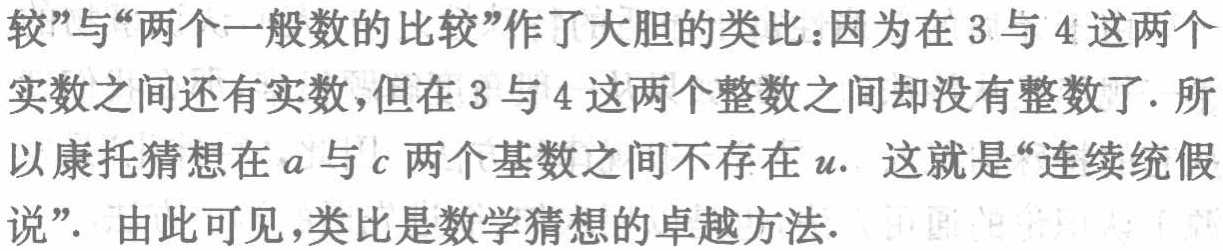
较”与“两个一般数的比较”作了大胆的类比：因为在 3 与 4 这两个
实数之间还有实数,但在 3 与 4 这两个整数之间却没有整数了. 所
以康托猜想在\(a\)与\(c\)两个基数之间不存在\(u\). 这就是“连续统假
说”. 由此可见,类比是数学猜想的卓越方法.